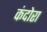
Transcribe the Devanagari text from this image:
कंदोरा